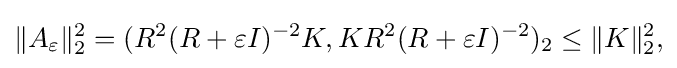
\displaystyle {\|A_{\varepsilon }\|_{2}^{2}=(R^{2}(R+\varepsilon I)^{-2}K,KR^{2}(R+\varepsilon I)^{-2})_{2}\leq \|K\|_{2}^{2},}